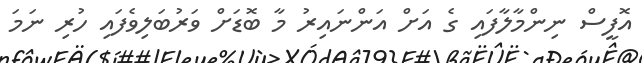
އޮފީސް ނިންމާލާފައި ގެ އަށް އަންނައިރު މާ ބޮޑަށް ވަރުބަލިވެފައި ހުރި ނަމަ